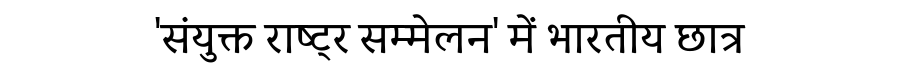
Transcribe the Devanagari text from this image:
'संयुक्त राष्ट्र सम्मेलन' में भारतीय छात्र